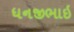
ધનજીભાઇ